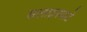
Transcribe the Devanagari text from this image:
सलाइनवाटे